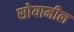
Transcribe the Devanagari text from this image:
सोयामील